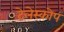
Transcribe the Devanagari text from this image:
टेलेस्कोप